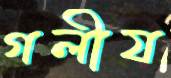
গলীয